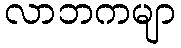
လာဘကမျာ